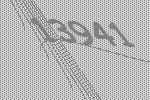
13941